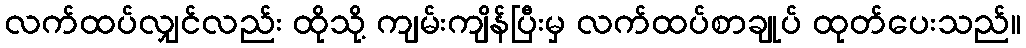
လက်ထပ်လျှင်လည်း ထိုသို့ ကျမ်းကျိန်ပြီးမှ လက်ထပ်စာချုပ် ထုတ်ပေးသည်။